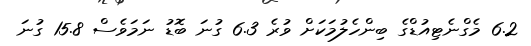
6.2 މެގްނެޓިއުޑްގެ ބިންހެލުމަކަށް ވުރެ 6.3 ގުނަ ބޮޑު ނަމަވެސް 15.8 ގުނަ